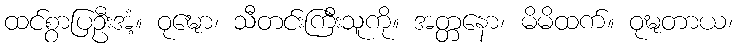
ထင်စွာပြဦးအံ့။ ဝုဍ္ဎော၊ သီတင်းကြီးသူကို။ အတ္တနော၊ မိမိထက်။ ဝုဍ္ဎတာယ၊